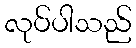
လုပ်ပါသည်